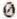
0